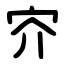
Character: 㝏